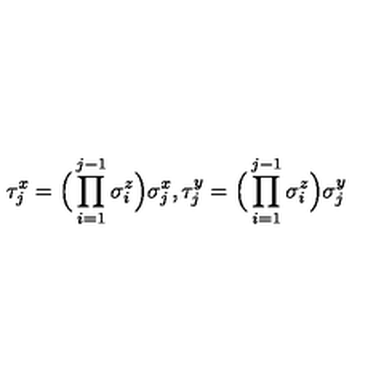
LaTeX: \tau _ { j } ^ { x } = \Big ( \prod _ { i = 1 } ^ { j - 1 } \sigma _ { i } ^ { z } \Bigr ) \sigma _ { j } ^ { x } , \tau _ { j } ^ { y } = \Big ( \prod _ { i = 1 } ^ { j - 1 } \sigma _ { i } ^ { z } \Bigr ) \sigma _ { j } ^ { y }